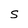
Character: S